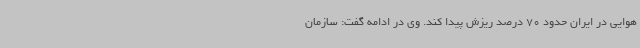
هوایی در ایران حدود 70 درصد ریزش پیدا کند. وی در ادامه گفت: سازمان